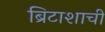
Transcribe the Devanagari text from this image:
ब्रिटाशाची